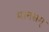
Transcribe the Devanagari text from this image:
मानसम्